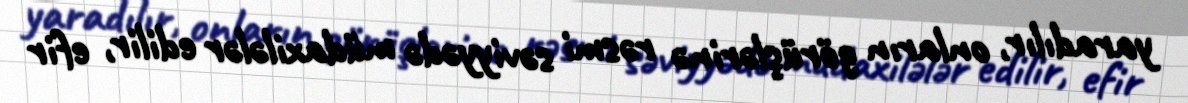
yaradılır, onların görüşlərinə rəsmi səviyyədə müdaxilələr edilir, efir